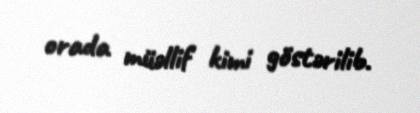
orada müəllif kimi göstərilib.